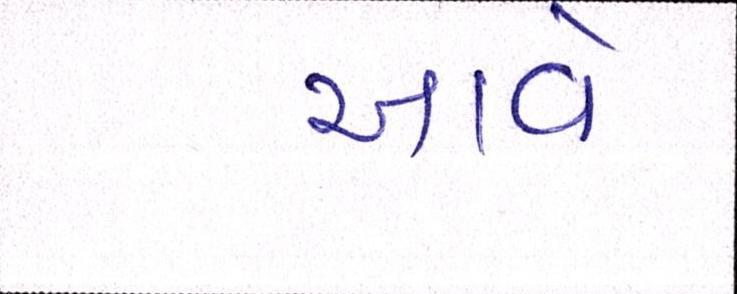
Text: આવે